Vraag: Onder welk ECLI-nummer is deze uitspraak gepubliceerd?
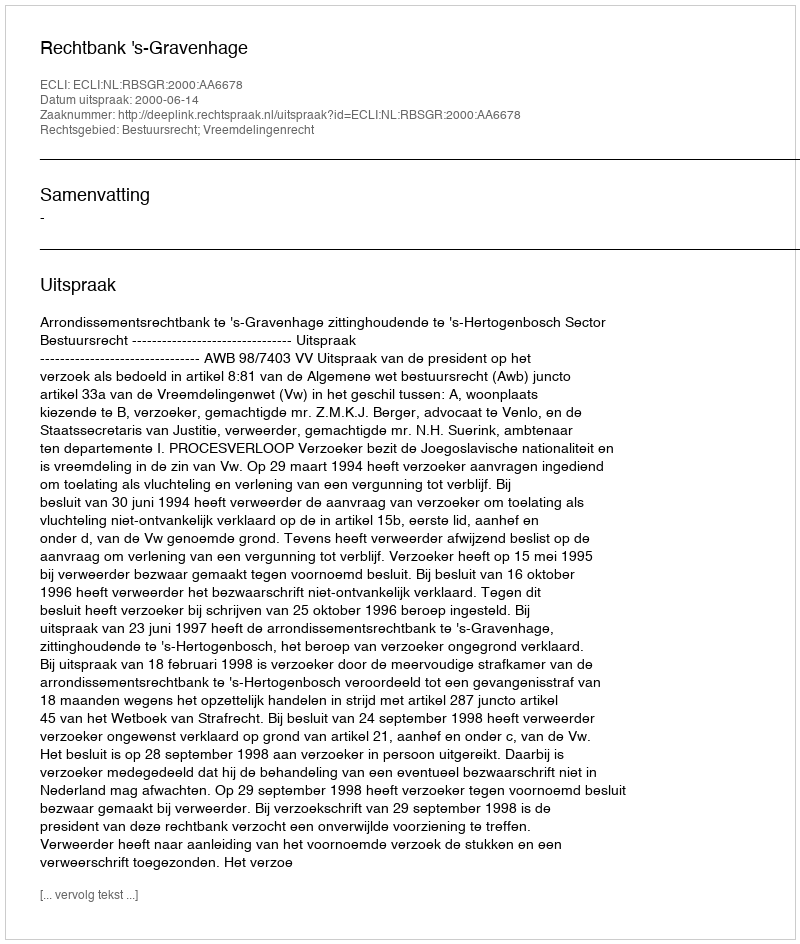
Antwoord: ECLI:NL:RBSGR:2000:AA6678